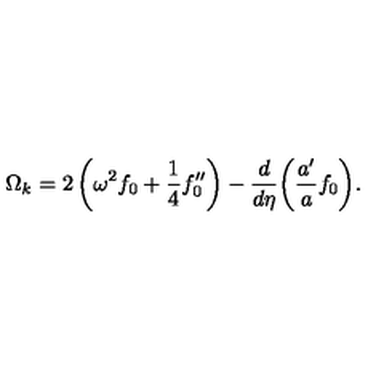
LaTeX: \Omega _ { { k } } = 2 \left( \omega ^ { 2 } f _ { 0 } + \frac { 1 } { 4 } f _ { 0 } ^ { \prime \prime } \right) - \frac { d } { d \eta } \bigg ( \frac { a ^ { \prime } } { a } f _ { 0 } \bigg ) .